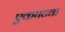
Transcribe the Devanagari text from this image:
एकघटक